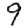
Digit: 9